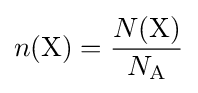
n(\mathrm {X} )={\frac {N(\mathrm {X} )}{N_{\mathrm {A} }}}